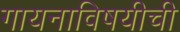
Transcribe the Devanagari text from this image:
गायनाविषयीची